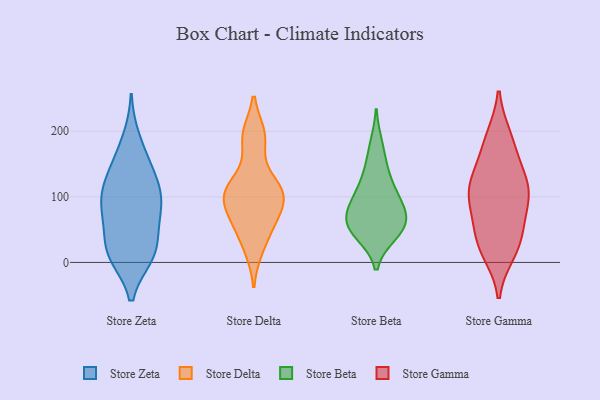
{"axis": {"x": "Conversion Rate (%)", "y": "Value"}, "legend": ["Store Beta", "Store Delta", "Store Gamma", "Store Zeta"], "data": [{"x": "", "y": 10, "type": "Store Zeta"}, {"x": "", "y": 46, "type": "Store Zeta"}, {"x": "", "y": 81, "type": "Store Zeta"}, {"x": "", "y": 10, "type": "Store Zeta"}, {"x": "", "y": 128, "type": "Store Zeta"}, {"x": "", "y": 157, "type": "Store Zeta"}, {"x": "", "y": 189, "type": "Store Zeta"}, {"x": "", "y": 94, "type": "Store Zeta"}, {"x": "", "y": 99, "type": "Store Zeta"}, {"x": "", "y": 80, "type": "Store Zeta"}, {"x": "", "y": 106, "type": "Store Zeta"}, {"x": "", "y": 149, "type": "Store Zeta"}, {"x": "", "y": 120, "type": "Store Zeta"}, {"x": "", "y": 27, "type": "Store Zeta"}, {"x": "", "y": 11, "type": "Store Zeta"}, {"x": "", "y": 12, "type": "Store Zeta"}, {"x": "", "y": 65, "type": "Store Zeta"}, {"x": "", "y": 60, "type": "Store Delta"}, {"x": "", "y": 190, "type": "Store Delta"}, {"x": "", "y": 90, "type": "Store Delta"}, {"x": "", "y": 22, "type": "Store Delta"}, {"x": "", "y": 60, "type": "Store Delta"}, {"x": "", "y": 100, "type": "Store Delta"}, {"x": "", "y": 193, "type": "Store Delta"}, {"x": "", "y": 110, "type": "Store Delta"}, {"x": "", "y": 107, "type": "Store Delta"}, {"x": "", "y": 120, "type": "Store Delta"}, {"x": "", "y": 111, "type": "Store Beta"}, {"x": "", "y": 77, "type": "Store Beta"}, {"x": "", "y": 73, "type": "Store Beta"}, {"x": "", "y": 180, "type": "Store Beta"}, {"x": "", "y": 43, "type": "Store Beta"}, {"x": "", "y": 62, "type": "Store Beta"}, {"x": "", "y": 50, "type": "Store Beta"}, {"x": "", "y": 45, "type": "Store Beta"}, {"x": "", "y": 56, "type": "Store Beta"}, {"x": "", "y": 87, "type": "Store Beta"}, {"x": "", "y": 125, "type": "Store Beta"}, {"x": "", "y": 149, "type": "Store Beta"}, {"x": "", "y": 96, "type": "Store Beta"}, {"x": "", "y": 57, "type": "Store Gamma"}, {"x": "", "y": 132, "type": "Store Gamma"}, {"x": "", "y": 102, "type": "Store Gamma"}, {"x": "", "y": 190, "type": "Store Gamma"}, {"x": "", "y": 113, "type": "Store Gamma"}, {"x": "", "y": 68, "type": "Store Gamma"}, {"x": "", "y": 15, "type": "Store Gamma"}, {"x": "", "y": 40, "type": "Store Gamma"}, {"x": "", "y": 191, "type": "Store Gamma"}, {"x": "", "y": 23, "type": "Store Gamma"}, {"x": "", "y": 24, "type": "Store Gamma"}, {"x": "", "y": 95, "type": "Store Gamma"}, {"x": "", "y": 109, "type": "Store Gamma"}, {"x": "", "y": 136, "type": "Store Gamma"}, {"x": "", "y": 105, "type": "Store Gamma"}, {"x": "", "y": 167, "type": "Store Gamma"}]}